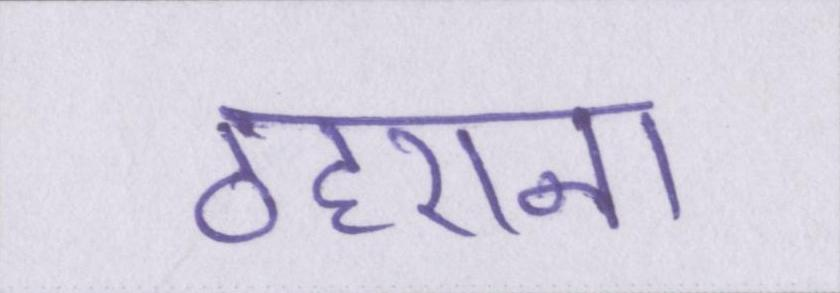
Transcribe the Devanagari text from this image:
ठहराना